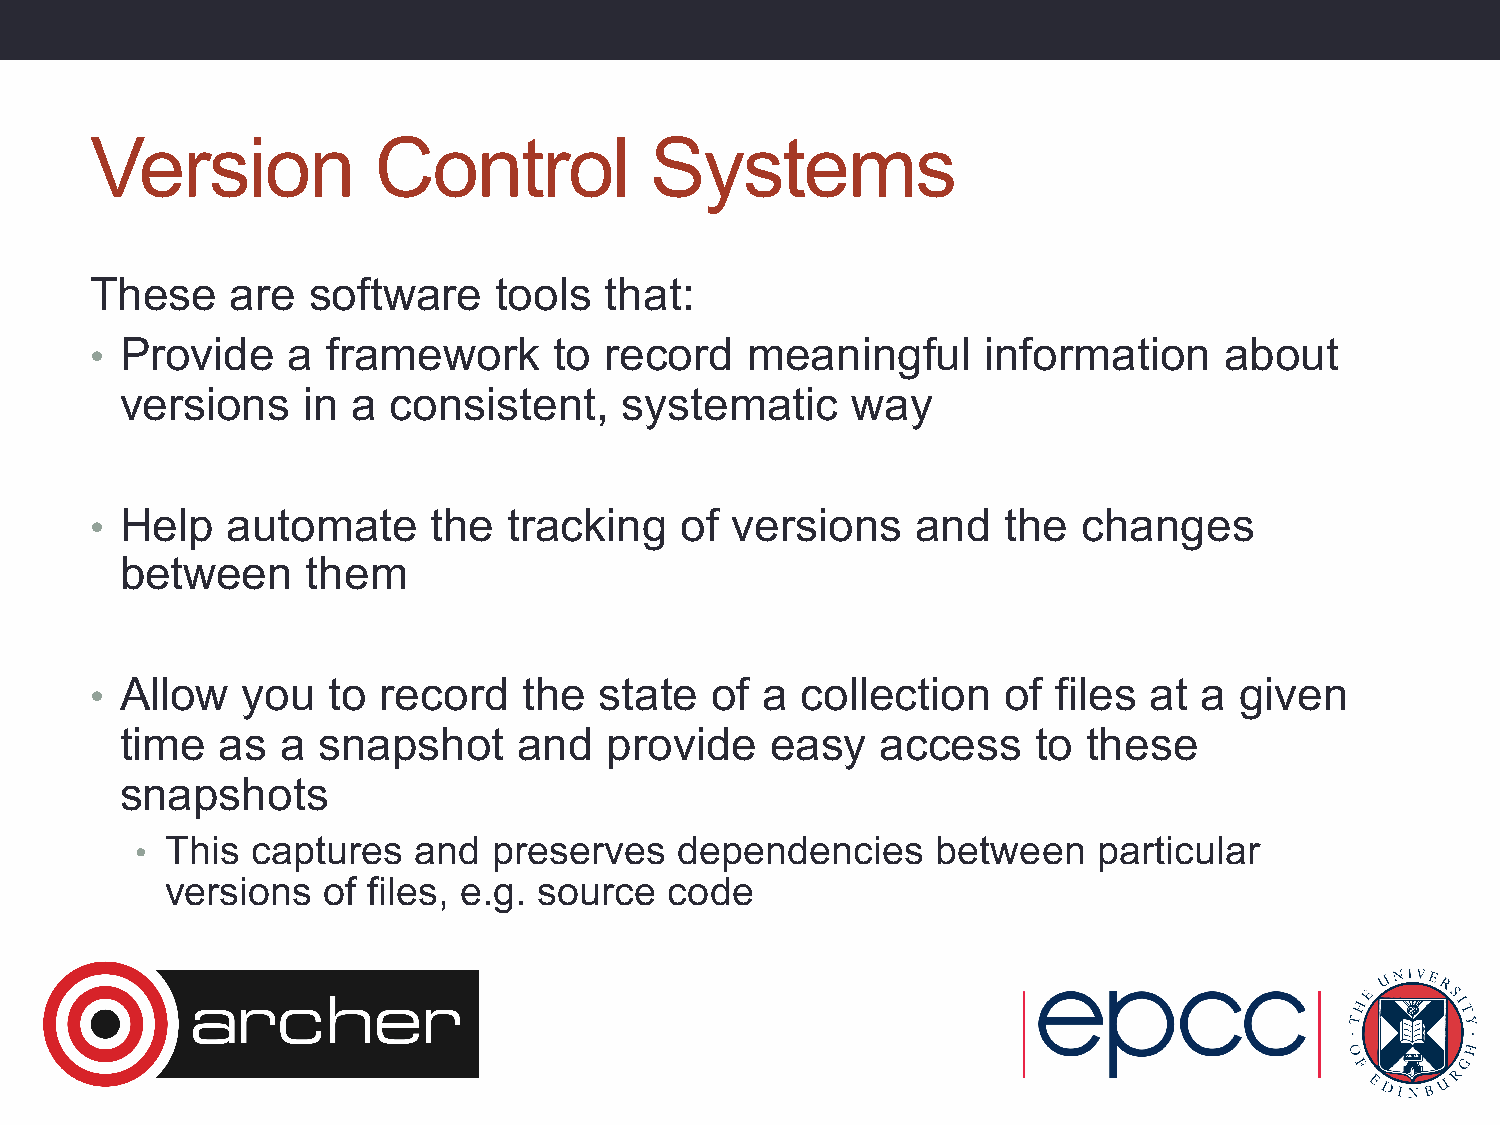
Version            Control           Systems
 These    are  software     tools  that:
 • Provide    a  framework      to record   meaningful      information     about
 versions    in a  consistent,    systematic     way
 • Help   automate      the  tracking   of versions     and   the  changes
 between     them
 • Allow   you   to record    the  state  of a  collection    of files at  a given
 time   as  a snapshot     and   provide    easy   access     to these
 snapshots
 • This  captures  and   preserves   dependencies     between    particular
 versions  of files, e.g. source  code